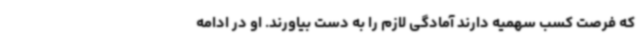
که فرصت کسب سهمیه دارند آمادگی لازم را به دست بیاورند. او در ادامه